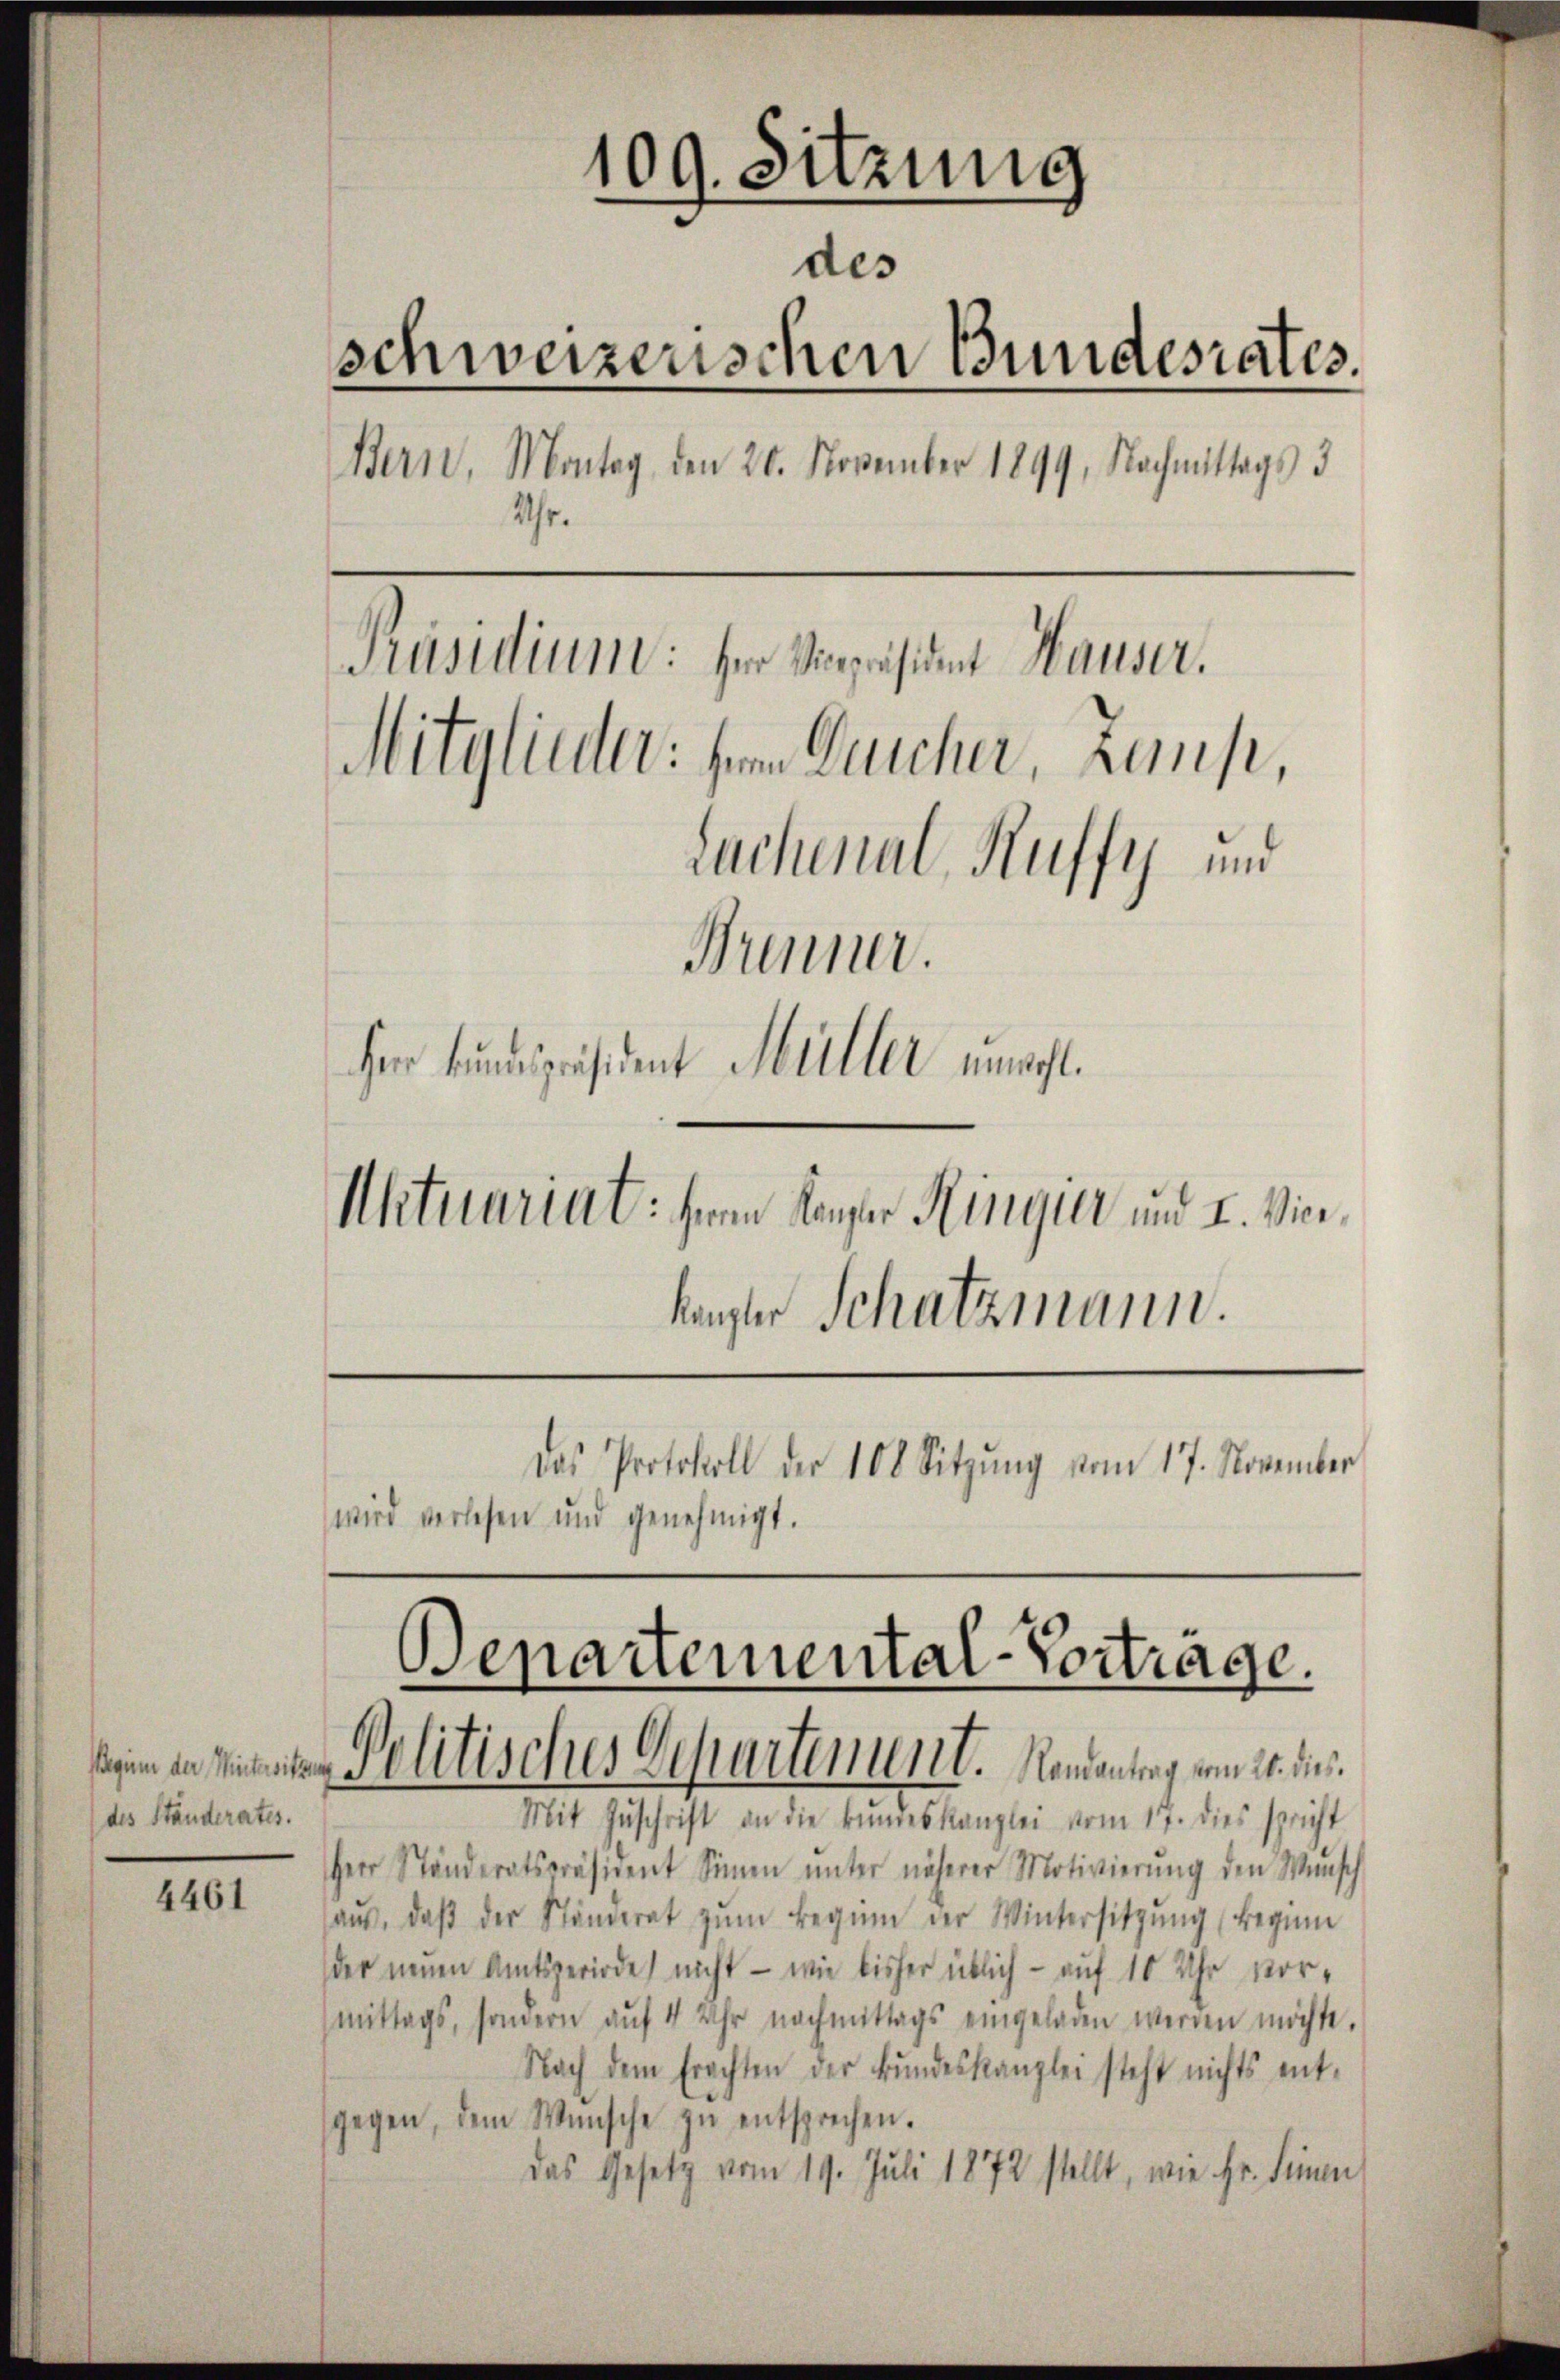
4461

109. Sitzung
des
schweizerischen Bundesrates.
Bern, Montag, den 20. November 1899, Nachmittags d
Uhr.
Präsidium: der Vicepräsident Hauser.
Mitglieder: vom Bucher, Zemp,
Suchenal-Kuffy und
Bunner.
Herr Bundespräsident Müller unwohl.

(des Ständerates.

wird verlesen und genehmigt.

Aktuariat: Herrn Kanzer Ringier und I. Vierkanzler Schatzmann.

Das Protokoll der 100 Sitzŭng vom 17. November

Denartemental-Vortrage.
 Politisches Departement. Namentrag vom 21. dies

Mit Zŭschrift an die Bŭndeskanzlei vom 17. dies spricht
Herr Ständeratspräsident Sinnen ŭnter näherer Motivierŭng den Wŭnsch
aŭs, daβ der Ständerat zŭm Beginn der Wintersitzŭng beginn
der neuen Amtsperiode nicht — wie bisher üblich - auf 10 Uhr vormittags, sondern aŭf 4 Uhr nachmittags eingeladen werden möchte.
Nach dem Erachten der Bundeskanzlei steht nichts ent-
gegen, dem Wünsche zŭ entsprechen.
Das Gesetz vom 19. Juli 1872 stellt, wie fr. Seinen